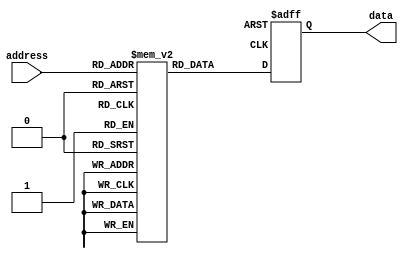
module ROM (
    input wire [N-1:0] address,
    output reg [M-1:0] data
);

parameter N = 8; // Address width
parameter M = 8; // Data width
parameter MEM_DEPTH = 256; // Memory depth

reg [M-1:0] memory [0:MEM_DEPTH-1];

initial begin
    // Initialize memory with data
    // Add data initialization here
end

// Address decoder
always @(posedge clk or negedge rst_n) begin
    if (!rst_n) begin
        // Reset condition
        data <= 0;
    end else begin
        // Read operation
        data <= memory[address];
    end
end

endmodule